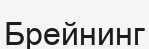
Брейнинг